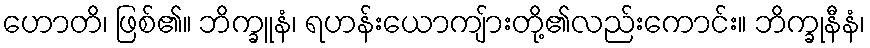
ဟောတိ၊ ဖြစ်၏။ ဘိက္ခူနံ၊ ရဟန်းယောကျ်ားတို့၏လည်းကောင်း။ ဘိက္ခုနီနံ၊